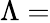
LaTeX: \Lambda=